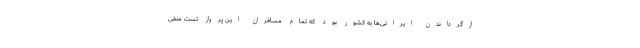
ازگرداندن ایرانی‌ها به کشور بود که تمام مسافران این پرواز تست منفی